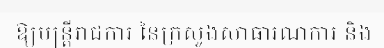
ឱ្យមន្ត្រីរាជការ នៃក្រសួងសាធារណការ និង